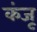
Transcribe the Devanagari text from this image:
कंजू